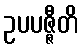
ဥပပဇ္ဇီတိ